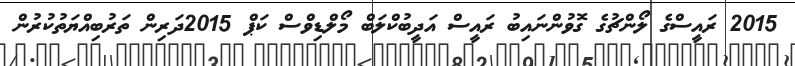
2015 ރައީސްގެ ލޯންޗުގެ ގޮވުންނައިބު ރައީސް އަދީބުކްލަބް މޯލްޑިވްސް ކަޕް 2015ދަރިން ތަރުބިއްޔަތުކުރުން